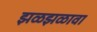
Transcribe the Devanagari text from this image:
झळझळावा